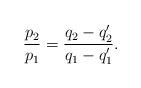
LaTeX: \begin{align*}\frac{p_2}{p_1}=\frac{q_2-q_2'}{q_1-q_1'}.\end{align*}